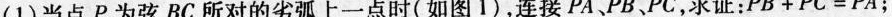
(1)当点P为弦BC所对的劣弧上一点时(如图1)，连接PA、P、PC，求证:$$P B + P C = P A$$；